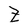
Character: Z